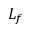
L _ { f }